65_HS1-834228961_62-HQ-83894_Section_9
Agency: FBI
Page 280
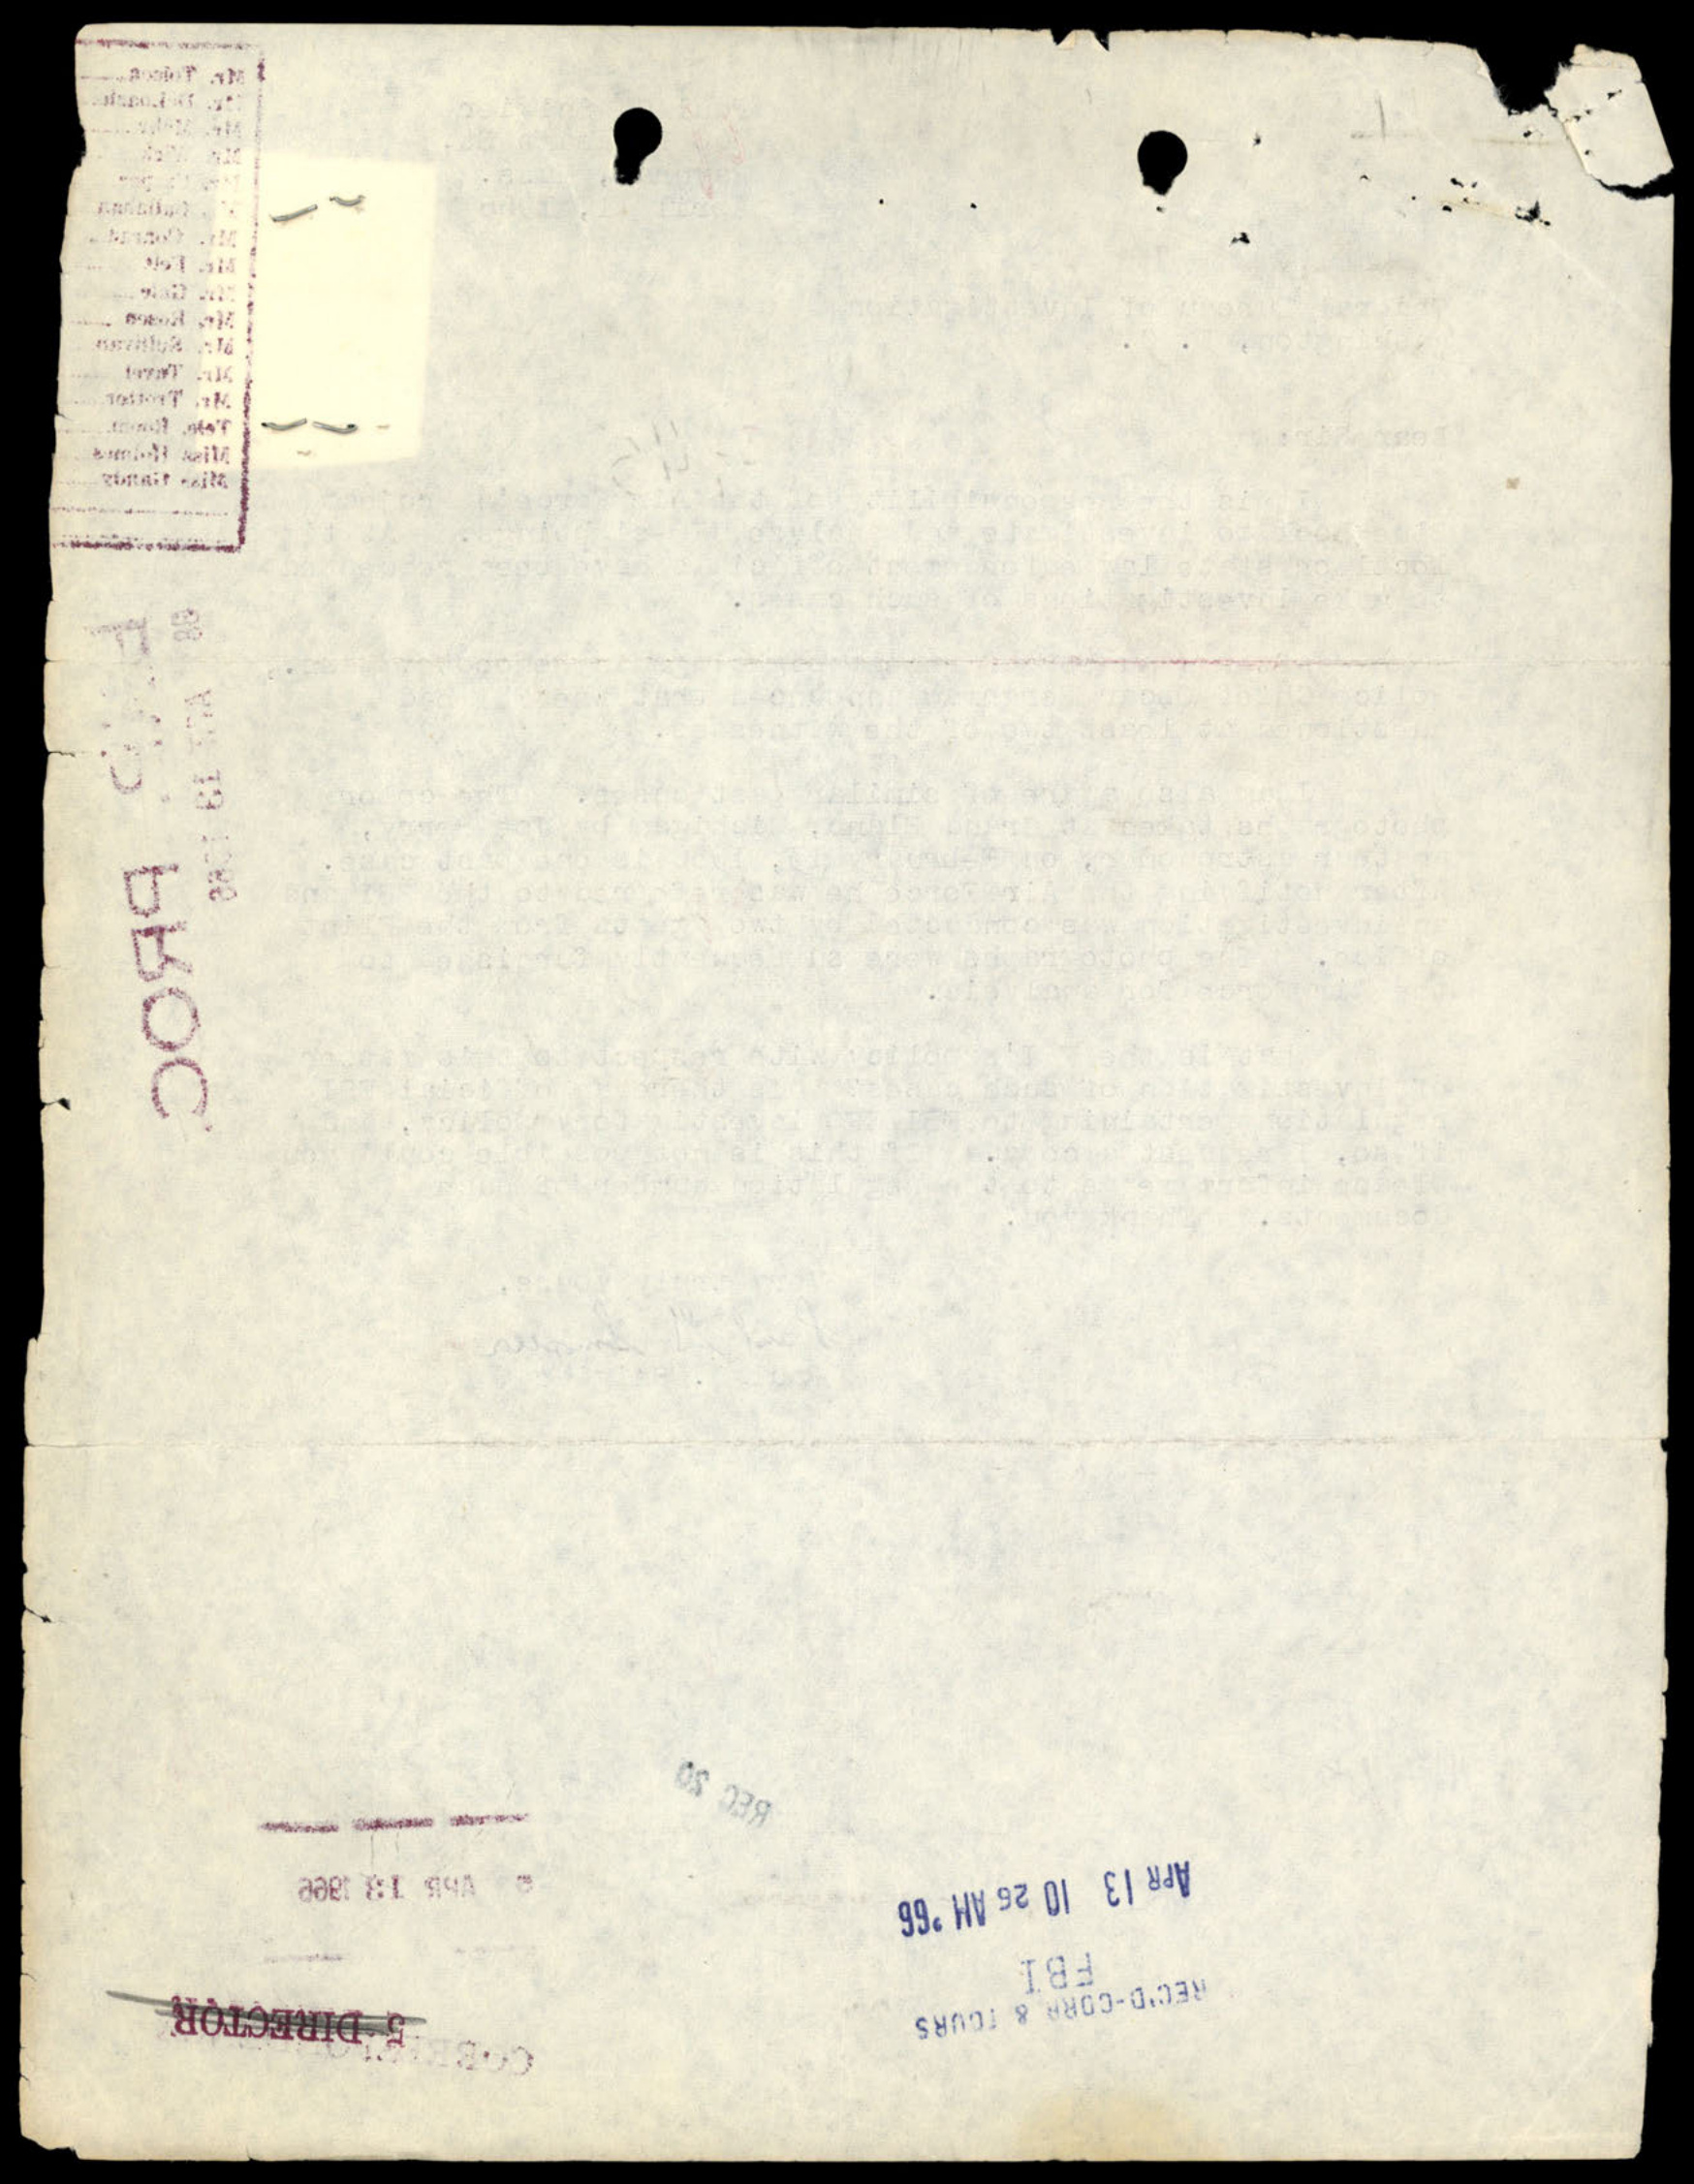